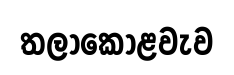
තලාකොළවැව